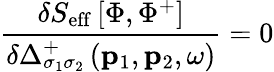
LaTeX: \frac{\delta S_{\mathrm{eff}}\left[\Phi,\Phi^{+}\right]}{\delta\Delta_{\sigma_{1}\sigma_{2}}^{+}\left(\mathbf{p}_{1},\mathbf{p}_{2},\omega\right)}=0